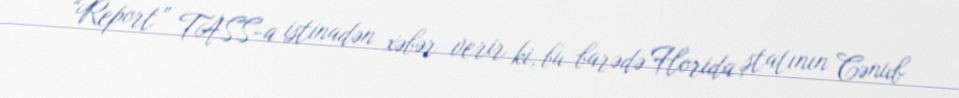
“Report” TASS-a istinadən xəbər verir ki, bu barədə Florida ştatının Cənub